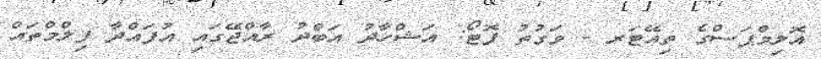
އޮލިމްޕަސްގެ ތިއޭޓަރ - ވަގުތު ފޮޓޯ: އަޝްހާދު އަބްދު ރާއްޖޭގައި އުފައްދާ ފިލްމްތައް